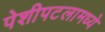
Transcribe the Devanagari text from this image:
पेशीपटलामध्ये